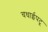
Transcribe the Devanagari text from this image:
चधाईपटू